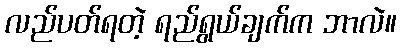
လည်ပတ်ရတဲ့ ရည်ရွယ်ချက်က ဘာလဲ။